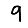
Digit: 9